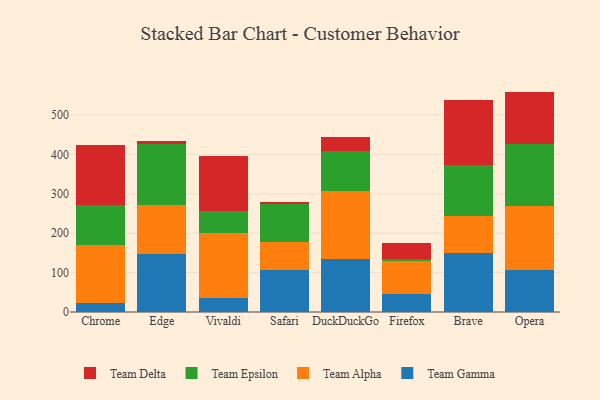
{"axis": {"x": "Browser", "y": "Budget (USD K)"}, "legend": ["Team Alpha", "Team Delta", "Team Epsilon", "Team Gamma"], "data": [{"x": "Chrome", "y": 23.5, "type": "Team Gamma"}, {"x": "Chrome", "y": 146.1, "type": "Team Alpha"}, {"x": "Chrome", "y": 102.6, "type": "Team Epsilon"}, {"x": "Chrome", "y": 151.5, "type": "Team Delta"}, {"x": "Edge", "y": 147.3, "type": "Team Gamma"}, {"x": "Edge", "y": 123.2, "type": "Team Alpha"}, {"x": "Edge", "y": 156.9, "type": "Team Epsilon"}, {"x": "Edge", "y": 6.7, "type": "Team Delta"}, {"x": "Vivaldi", "y": 36.7, "type": "Team Gamma"}, {"x": "Vivaldi", "y": 164.5, "type": "Team Alpha"}, {"x": "Vivaldi", "y": 55.8, "type": "Team Epsilon"}, {"x": "Vivaldi", "y": 139.2, "type": "Team Delta"}, {"x": "Safari", "y": 107.3, "type": "Team Gamma"}, {"x": "Safari", "y": 70.9, "type": "Team Alpha"}, {"x": "Safari", "y": 95.2, "type": "Team Epsilon"}, {"x": "Safari", "y": 5.3, "type": "Team Delta"}, {"x": "DuckDuckGo", "y": 134.3, "type": "Team Gamma"}, {"x": "DuckDuckGo", "y": 171.8, "type": "Team Alpha"}, {"x": "DuckDuckGo", "y": 103.4, "type": "Team Epsilon"}, {"x": "DuckDuckGo", "y": 35.5, "type": "Team Delta"}, {"x": "Firefox", "y": 44.6, "type": "Team Gamma"}, {"x": "Firefox", "y": 85.0, "type": "Team Alpha"}, {"x": "Firefox", "y": 6.2, "type": "Team Epsilon"}, {"x": "Firefox", "y": 39.8, "type": "Team Delta"}, {"x": "Brave", "y": 148.9, "type": "Team Gamma"}, {"x": "Brave", "y": 94.2, "type": "Team Alpha"}, {"x": "Brave", "y": 130.9, "type": "Team Epsilon"}, {"x": "Brave", "y": 163.3, "type": "Team Delta"}, {"x": "Opera", "y": 107.4, "type": "Team Gamma"}, {"x": "Opera", "y": 161.6, "type": "Team Alpha"}, {"x": "Opera", "y": 156.4, "type": "Team Epsilon"}, {"x": "Opera", "y": 134.2, "type": "Team Delta"}]}